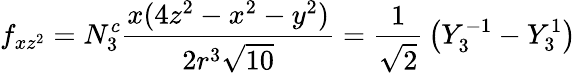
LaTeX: f_{xz^{2}}=N_{3}^{c}{\frac{x(4z^{2}-x^{2}-y^{2})}{2r^{3}{\sqrt{10}}}}={\frac{1}{\sqrt{2}}}\left(Y_{3}^{-1}-Y_{3}^{1}\right)